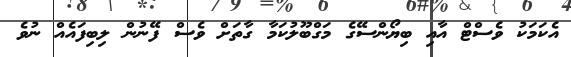
އެކަމަކު ވެސްޓް އާއި ބިޔޯންސޭގެ މަގްބޫލުކަމާ ގާތަށް ވެސް ފޭނުން ލިބިފައެއް ނުވެ